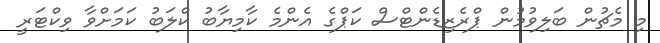
މި މެޗުން ބަލިވުމުން ޕްރެޒިޑެންޓްސް ކަޕްގެ އެންމެ ކާމިޔާބު ކްލަބު ކަމަށްވާ ވިކްޓަރީ